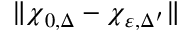
\| \boldsymbol { \chi } _ { 0 , \Delta } - \boldsymbol { \chi } _ { \varepsilon , \Delta ^ { \prime } } \|